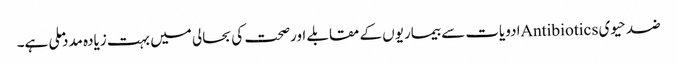
ضد حیوی Antibioticsادویات سے بیماریوں کے مقابلے اورصحت کی بحالی میں بہت زیادہ مدد ملی ہے۔